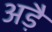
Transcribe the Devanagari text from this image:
अड़ै